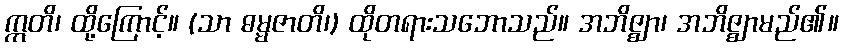
ဣတိ၊ ထို့ကြောင့်။ (သာ ဓမ္မဇာတိ၊) ထိုတရားသဘောသည်။ အဘိဇ္ဈာ၊ အဘိဇ္ဈာမည်၏။